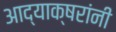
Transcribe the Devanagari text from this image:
आद्याक्षरांनी